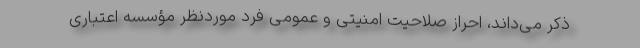
ذکر می‌داند، احراز صلاحیت امنیتی و عمومی فرد موردنظر مؤسسه اعتباری